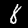
Label: 8